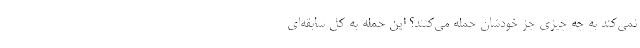
نمی‌کند به چه چیزی جز خودشان حمله می‌کنند؟ این حمله به کل سابقه‌ای